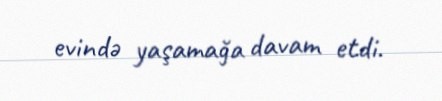
evində yaşamağa davam etdi.